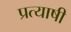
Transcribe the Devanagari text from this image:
प्रत्याषी